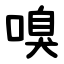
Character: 嗅